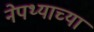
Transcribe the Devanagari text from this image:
नेपथ्याच्या